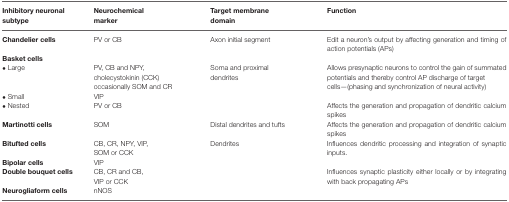
<table><thead><tr><td><b>Inhibitory neuronal subtype</b></td><td><b>Neurochemical marker</b></td><td><b>Target membrane domain</b></td><td><b>Function</b></td></tr></thead><tbody><tr><td><b>Chandelier cells</b></td><td>PV or CB</td><td>Axon initial segment</td><td>Edit a neuron’s output by affecting generation and timing of action potentials (APs)</td></tr><tr><td><b>Basket cells</b></td><td></td><td></td><td></td></tr><tr><td>• Large</td><td>PV, CB and NPY, cholecystokinin (CCK) occasionally SOM and CR</td><td>Soma and proximal dendrites</td><td>Allows presynaptic neurons to control the gain of summated potentials and thereby control AP discharge of target cells—(phasing and synchronization of neural activity)</td></tr><tr><td>• Small</td><td>VIP</td><td></td><td></td></tr><tr><td>• Nested</td><td>PV or CB</td><td></td><td>Affects the generation and propagation of dendritic calcium spikes</td></tr><tr><td><b>Martinotti cells</b></td><td>SOM</td><td>Distal dendrites and tufts</td><td>Affects the generation and propagation of dendritic calcium spikes</td></tr><tr><td><b>Bitufted cells</b></td><td>CB, CR, NPY, VIP, SOM or CCK</td><td>Dendrites</td><td>Influences dendritic processing and integration of synaptic inputs.</td></tr><tr><td><b>Bipolar cells</b></td><td>VIP</td><td></td></tr><tr><td><b>Double bouquet cells</b></td><td>CB, CR and CB, VIP or CCK</td><td></td><td>Influences synaptic plasticity either locally or by integrating with back propagating APs</td></tr><tr><td><b>Neurogliaform cells</b></td><td>nNOS</td><td></td><td></td></tr></tbody></table>